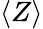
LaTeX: \langle Z\rangle